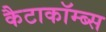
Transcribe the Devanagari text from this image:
कैटाकॉम्ब्स